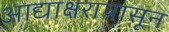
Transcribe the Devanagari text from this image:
आद्याक्षरापासून